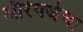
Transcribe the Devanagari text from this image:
औरंगजेचा